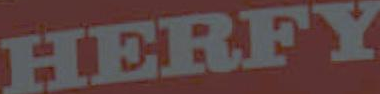
HERFY